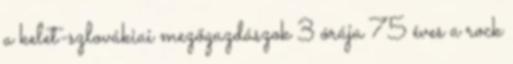
a kelet-szlovákiai mezőgazdászok 3 órája 75 éves a rock